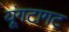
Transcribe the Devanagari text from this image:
यूंगटागट